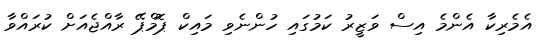
އެމެރިކާ އެންމެ އިސް ވަޒީރު ކަމުގައި ހުންނެވި މައިކް ޕޮމްޕޭ ރާއްޖެއަށް ކުރައްވާ